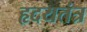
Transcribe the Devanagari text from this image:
हृदयतंत्र